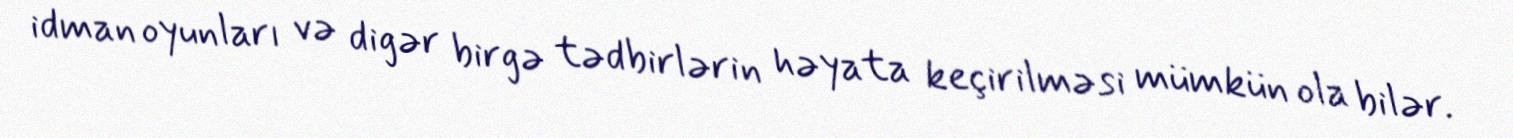
idman oyunları və digər birgə tədbirlərin həyata keçirilməsi mümkün ola bilər.